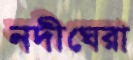
নদীঘেরা